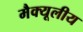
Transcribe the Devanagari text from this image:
मैक्यूलीय